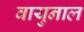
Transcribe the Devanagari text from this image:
वायुनाल